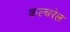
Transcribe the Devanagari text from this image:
कल्चरेल